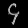
Digit: ၄